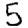
Digit: 5